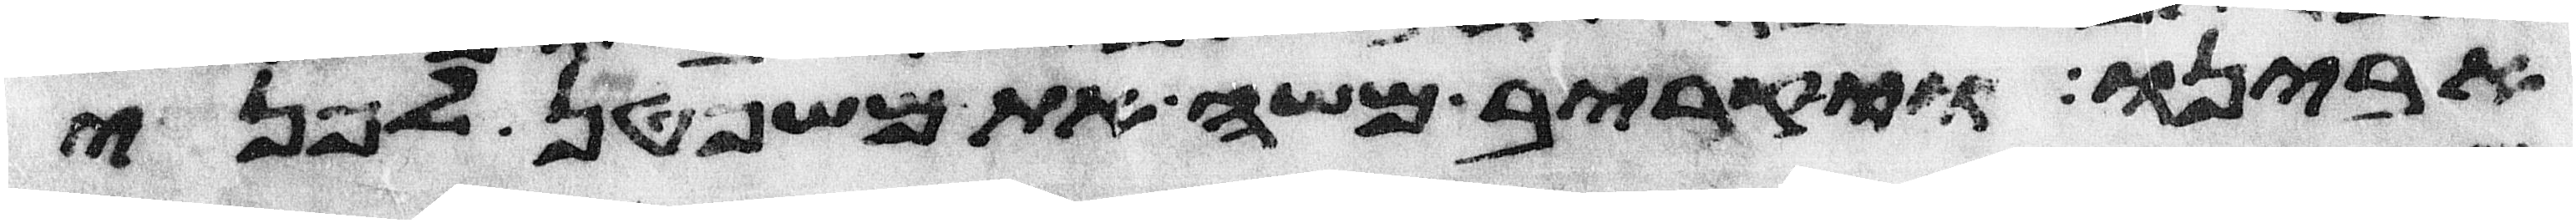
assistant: אבינו ויקרב משה את משפטן לפני